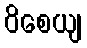
ဝိစေယျ